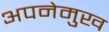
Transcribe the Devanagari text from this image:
अपनेमुख